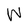
Character: W